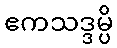
ဧကသဒ္ဒမ္ပိ